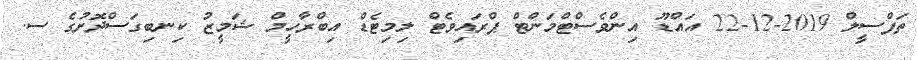
ތަފްސީލް 2019-12-22 އައްޑޫ އިންވެސްޓްމަންޓް ޕްރައިވެޓް ލިމިޓެޑް އިބްރާހީމް ޝަމީޒު ކިނބިގަސްދޮށުގެ ސ.